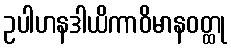
ဥပါဟနဒါယိကာဝိမာနဝတ္ထု